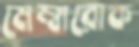
মেম্বারোক